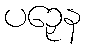
ပဉှေန